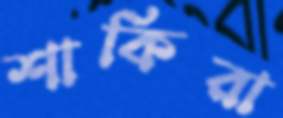
শাকিরা